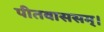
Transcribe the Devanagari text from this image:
पीतवाससम्‌।